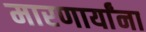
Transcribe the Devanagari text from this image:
मारणार्यांना